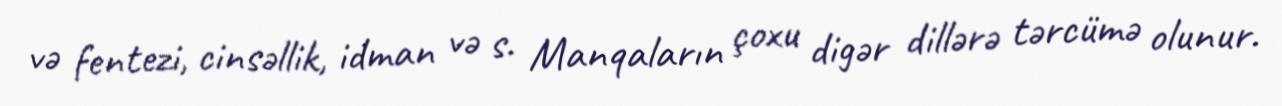
və fentezi, cinsəllik, idman və s. Manqaların çoxu digər dillərə tərcümə olunur.